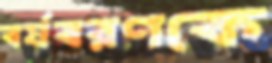
বর্ষবরণকে